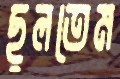
ছুলতেম